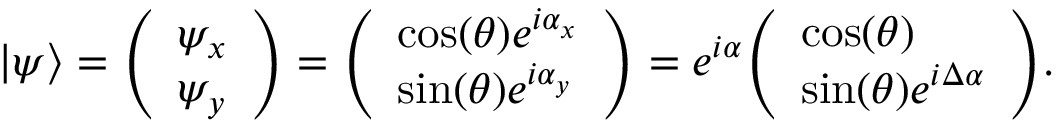
| \psi \rangle = { \left( \begin{array} { l } { \psi _ { x } } \\ { \psi _ { y } } \end{array} \right) } = { \left( \begin{array} { l } { \cos ( \theta ) e ^ { i \alpha _ { x } } } \\ { \sin ( \theta ) e ^ { i \alpha _ { y } } } \end{array} \right) } = e ^ { i \alpha } { \left( \begin{array} { l } { \cos ( \theta ) } \\ { \sin ( \theta ) e ^ { i \Delta \alpha } } \end{array} \right) } .